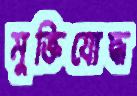
মুক্তিযোদ্ধ